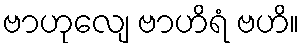
ဗာဟုလျေ ဗာဟိရံ ဗဟိ။